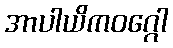
အာပါယိကဝဂ္ဂေါ